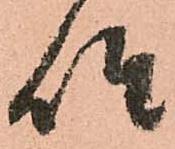
座